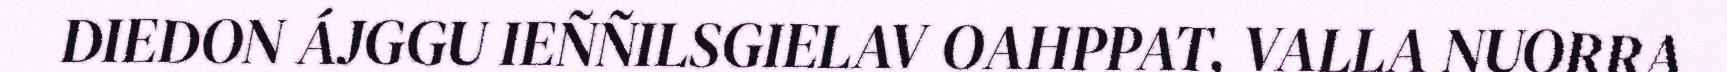
DIEDON ÁJGGU IEÑÑILSGIELAV OAHPPAT, VALLA NUORRA